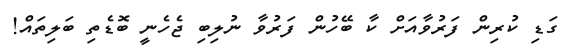
ގަޑި ކުރިން ފަރުވާއަށް ކާ ބޭހުން ފަރުވާ ނުލިބި ޖެހެނީ ބޮޑެތި ބަލިތައް!